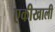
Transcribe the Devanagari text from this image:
एकीखाली